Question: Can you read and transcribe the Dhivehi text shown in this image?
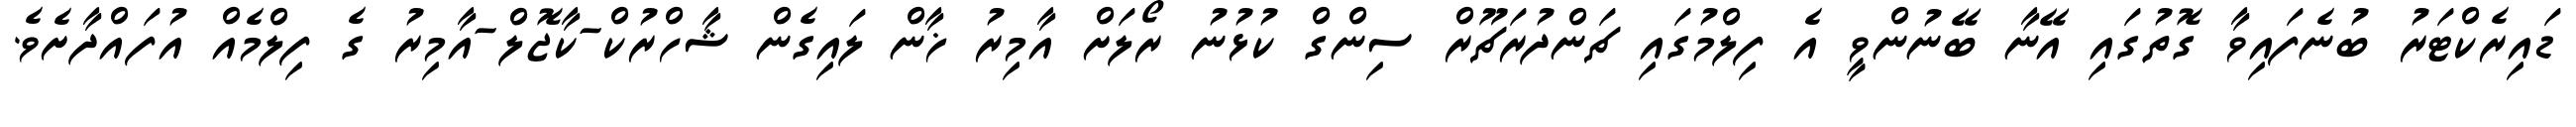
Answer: ޑައިރެކްޓަރު ބުނެފައިވާ ގޮތުގައި އޭނާ ބޭނުންވީ އެ ފިލްމުގައި ޗަންދުރަޗޫރް ސިންގް ކުޅުނު ރޯލަށް އާމިރު ޚާން ލައިގެން ޝާހްރުކް-ކާޖޮލް-އާމިރު ގެ ފިލްމެއް އުފައްދާށެވެ.